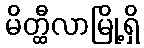
မိတ္ထီလာမြို့ရှိ